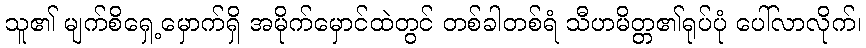
သူ၏ မျက်စိရှေ့မှောက်ရှိ အမိုက်မှောင်ထဲတွင် တစ်ခါတစ်ရံ သီဟမိတ္တ၏ရုပ်ပုံ ပေါ်လာလိုက်၊